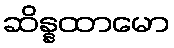
ဆိန္နထာမော